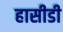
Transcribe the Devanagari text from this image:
हासीडी